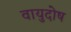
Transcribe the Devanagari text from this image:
वायुदोष